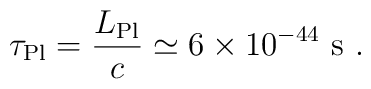
\tau_{\rm Pl}=\frac{L_{\rm Pl}}{c}\simeq 6\times 10^{-44}\ {\rm s}\ .